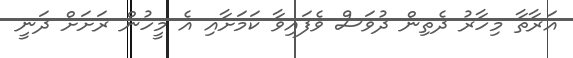
އަރާތާ މިހާރު ދެތިން ދުވަސް ވެފައިވާ ކަމަށާއި އެ މީހުން ރަށަށް ދަނީ